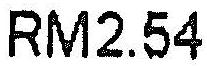
RM2.54